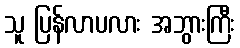
သူ ပြန်လာပလား အဘွားကြီး